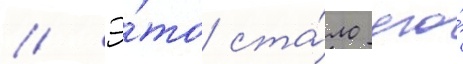
// Э́то ста́ло его́